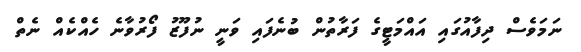
ނަމަވެސް ދިފާއުގައި އައްމަޓީގެ ފަރާތުން ބުނެފައި ވަނީ ނުފޫޒު ފޯރުވާނެ ހެއްކެއް ނެތް